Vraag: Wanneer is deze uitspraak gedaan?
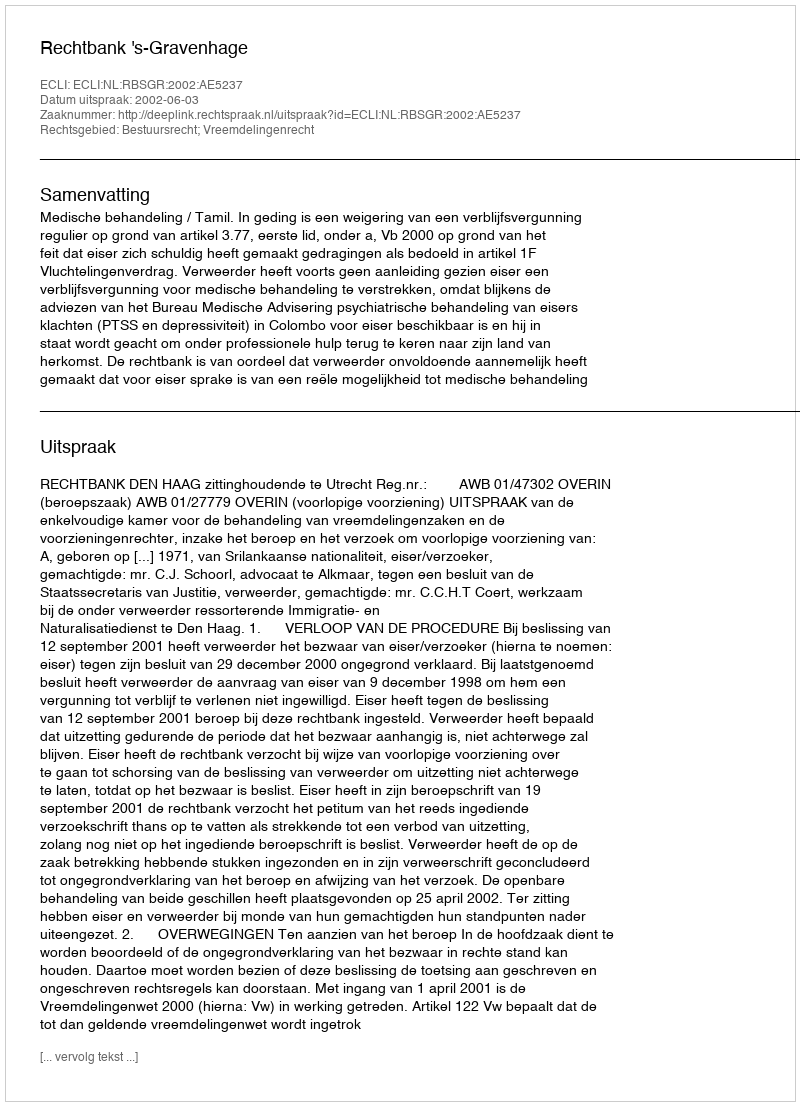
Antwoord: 2002-06-03